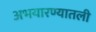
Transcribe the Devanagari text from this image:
अभयारण्यातली